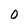
Character: 0